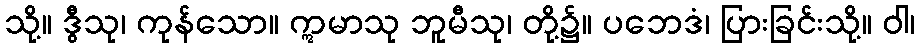
သို့။ ဒွီသု၊ ကုန်သော။ ဣမာသု ဘူမီသု၊ တို့၌။ ပဘေဒံ၊ ပြားခြင်းသို့။ ဝါ၊